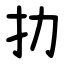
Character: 扐